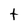
Character: t